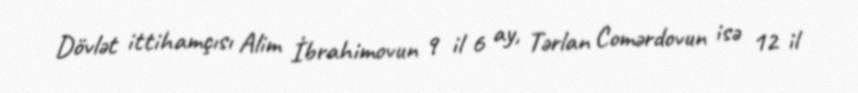
Dövlət ittihamçısı Alim İbrahimovun 9 il 6 ay, Tərlan Comərdovun isə 12 il